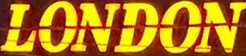
LONDON